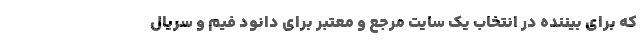
که برای بیننده در انتخاب یک سایت مرجع و معتبر برای دانود فیم و سریال